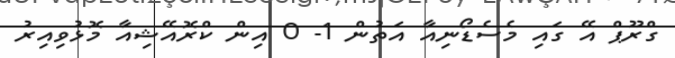
ގްރޫޕް އޭ ގައި މެސެޑޯނިއާ އަތުން 1- 0 އިން ކްރޮއޭޝިއާ މޮޅުވިއިރު